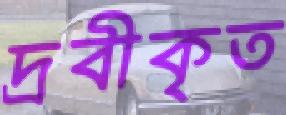
দ্রবীকৃত